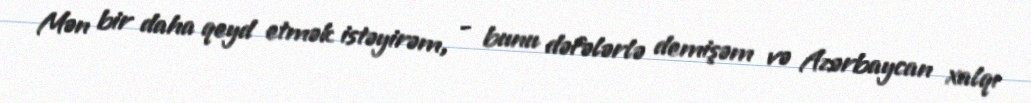
Mən bir daha qeyd etmək istəyirəm, - bunu dəfələrlə demişəm və Azərbaycan xalqı